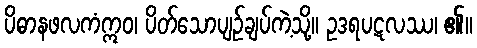
ပိဓာနဖလကံဣဝ၊ ပိတ်သောပျဉ်ချပ်ကဲ့သို့။ ဥဒရပဋလဿ၊ ၏။